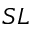
S L